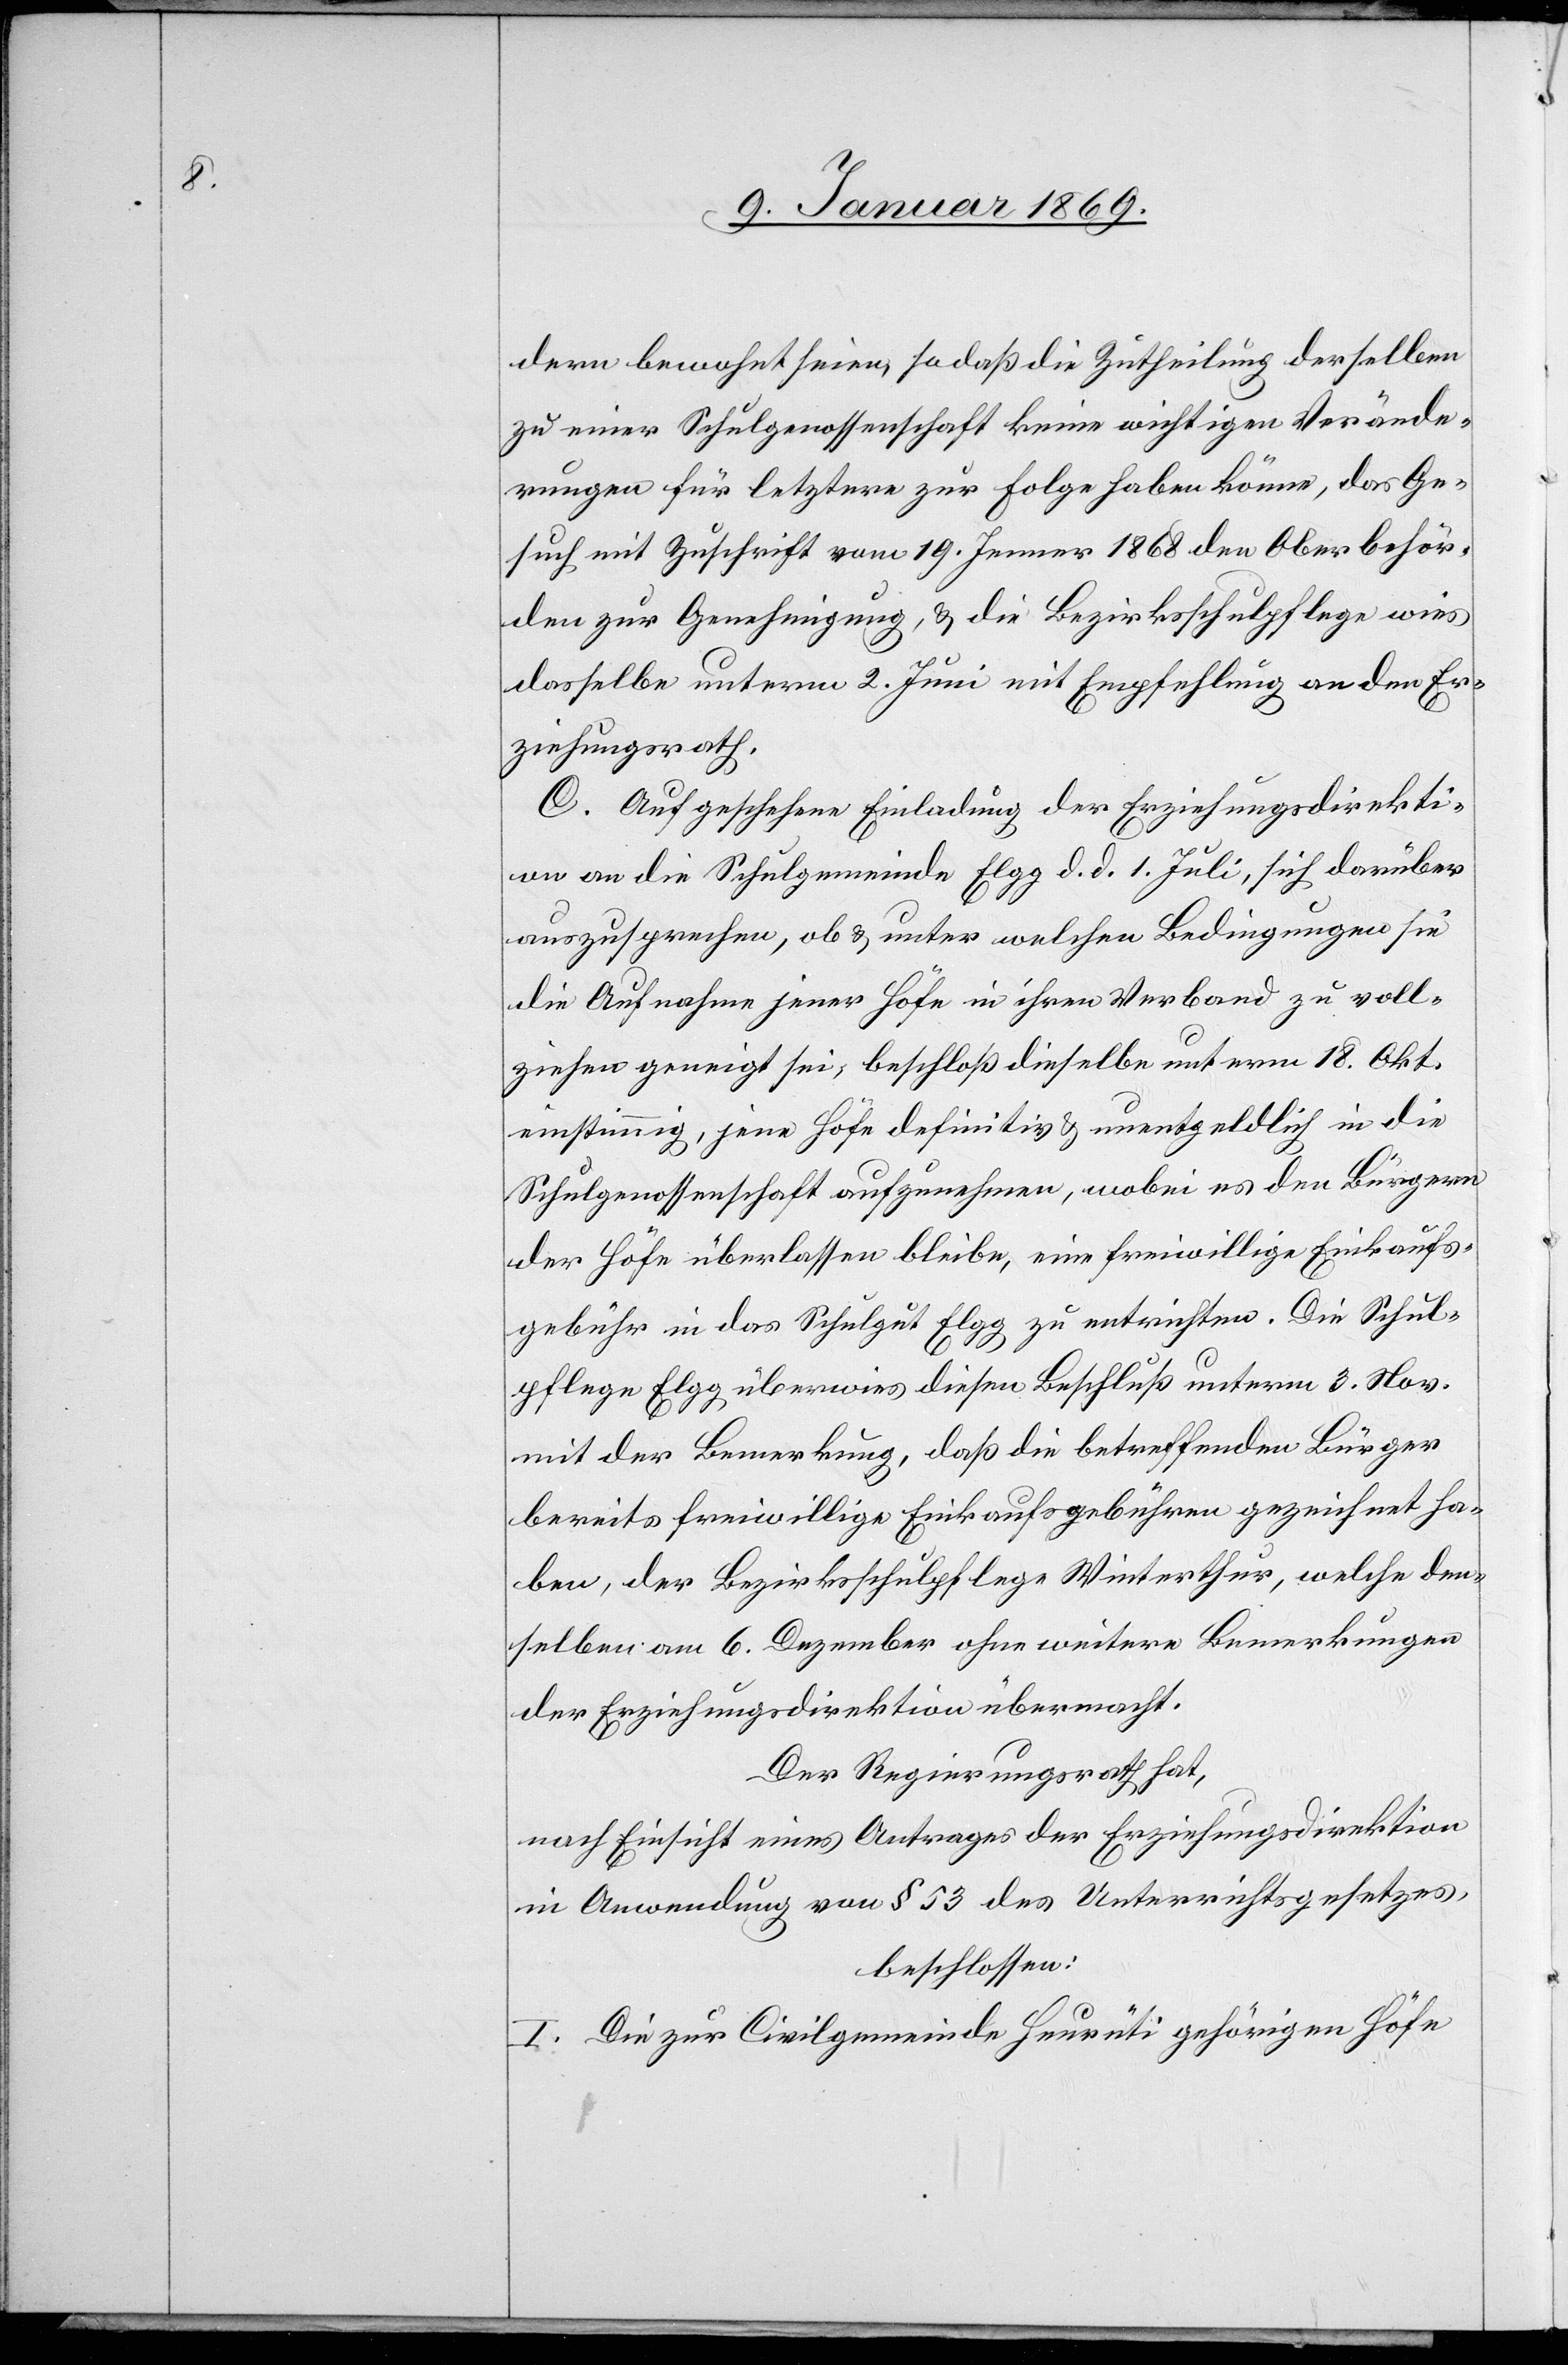
dern bewohnt seien, so daß die Zutheilung derselben
zu einer Schulgenossenschaft keine wichtigen Verände¬
rungen für letztere zur Folge haben könne, das Ge¬
such mit Zuschrift vom 19. Jenner 1868 den Oberbehör¬
den zur Genehmigung, & die Bezirksschulpflege wies
dasselbe unterm 2. Juni mit Empfehlung an den Er¬
ziehungsrath.
C. Auf geschehene Einladung der Erziehungsdirekti¬
on an die Schulgemeinde Elgg d. d. 1 Juli, sich darüber
auszusprechen, ob & unter welchen Bedingungen sie
die Aufnahme jener Höfe in ihren Verband zu voll¬
ziehen geneigt sei, beschloß dieselbe unterm 18. Okt.
einstimmig, jene Höfe definitiv & unentgeldlich in die
Schulgenossenschaft aufzunehmen, wobei es den Bürgern
der Höfe überlassen bleibe, eine freiwillige Einkaufs¬
gebühr in das Schulgut Elgg zu entrichten. Die Schul¬
pflege Elgg überwies diesen Beschluß unterm 3. Nov.
mit der Bemerkung, daß die betreffenden Bürger
bereits freiwillige Einkaufsgebühren gezeichnet ha¬
ben, der Bezirksschulpflege Winterthur, welche den¬
selben am 6. Dezember ohne weitere Bemerkungen
der Erziehungsdirektion übermacht.
Der Regierungsrath hat,
nach Einsicht eines Antrages der Erziehungsdirektion
in Anwendung von § 53 des Unterrichtsgesetzes,
beschloßen:
I. Die zur Civilgemeinde Heurüti gehörigen Höfe